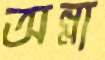
অন্না